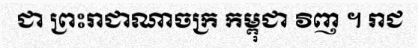
ជា ព្រះរាជាណាចក្រ កម្ពុជា វិញ ។ រាជ